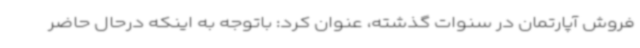
فروش آپارتمان در سنوات گذشته، عنوان کرد: باتوجه به اینکه درحال حاضر